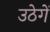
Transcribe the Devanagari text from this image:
उठेगें